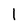
Character: I